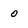
Character: o